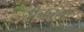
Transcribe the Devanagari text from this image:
तीनचुला